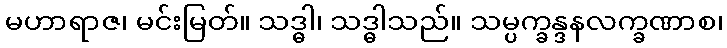
မဟာရာဇ၊ မင်းမြတ်။ သဒ္ဓါ၊ သဒ္ဓါသည်။ သမ္ပက္ခန္ဒနလက္ခဏာစ၊